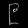
Digit: ၉